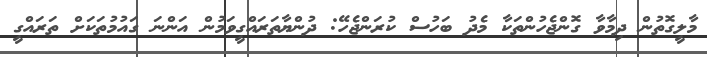
މާލީގޮތުން ދިމާވާ ގޮންޖެހުންތަކާ މެދު ބަހުސް ކުރަންޖެހޭ: ދުންޔާތަރައްގީވަމުން އަންނަ ގައުމުތަކަށް ތަރައްގީ